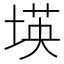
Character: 𡎘